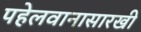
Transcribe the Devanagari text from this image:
पहेलवानासारखी